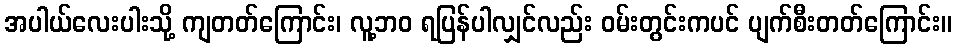
အပါယ်လေးပါးသို့ ကျတတ်ကြောင်း၊ လူ့ဘဝ ရပြန်ပါလျှင်လည်း ဝမ်းတွင်းကပင် ပျက်စီးတတ်ကြောင်း။